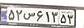
۵۲س۶۱۳۵۳